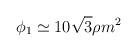
LaTeX: \begin{align*}\phi _1\simeq 10\sqrt{3}\rho m^2\end{align*}